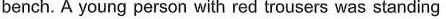
bench. A young person with red trousers was standing